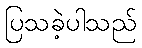
ပြသခဲ့ပါသည်